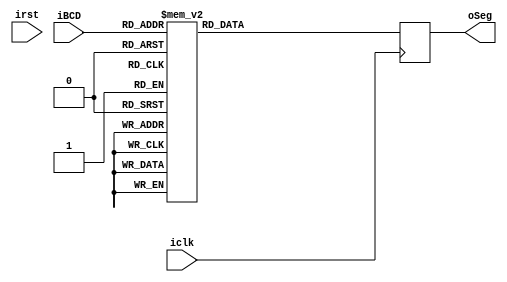
module BCD#(parameter N=7)(
input iclk,
input irst,
input [3:0] iBCD,
output [N-1:0] oSeg
);

reg [N-1:0]rsalida_D;
reg [N-1:0]rsalida_Q;

assign oSeg=rsalida_Q; 

always @(posedge iclk )
begin
     rsalida_Q <= rsalida_D;

end 

always @ *
begin
case (iBCD)
4'd0 : rsalida_D = 7'b0000001;
4'd1 : rsalida_D = 7'b1001111;
4'd2 : rsalida_D = 7'b0010010;
4'd3 : rsalida_D = 7'b0000110;
4'd4 : rsalida_D = 7'b1001100;
4'd5 : rsalida_D = 7'b0100100;
4'd6 : rsalida_D = 7'b0100000;
4'd7 : rsalida_D = 7'b0001111;
4'd8 : rsalida_D = 7'b0000000;
4'd9 : rsalida_D = 7'b0000100;
default : rsalida_D = 7'b1111111;
endcase
end

endmodule